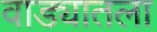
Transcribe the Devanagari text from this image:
वाड्यातला